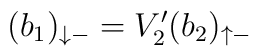
(b_1)_{\downarrow-} = V_2^{\prime}(b_2)_{\uparrow-}